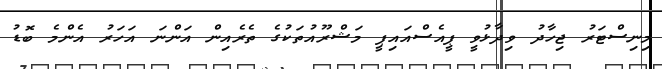
މިނިސްޓަރު ޖިހާދު ވިދާޅުވީ ޕީއެސްއައިޕީ މަޝްރޫއުތަކުގެ ތެރެއިން އަންނަ އަހަރު އެންމެ ބޮޑު